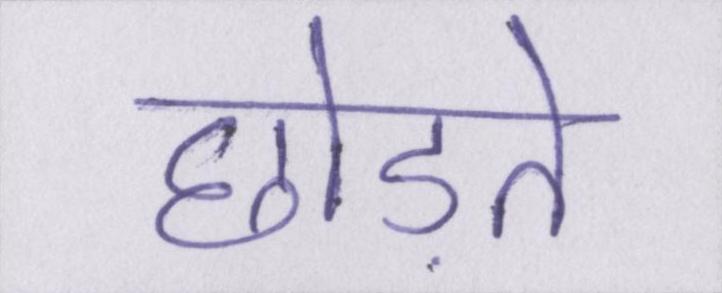
छोड़ते